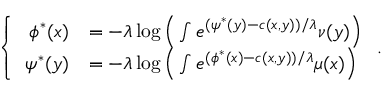
\begin{array} { r } { \left\{ \begin{array} { r l } { \phi ^ { * } ( x ) } & { = - \lambda \log \Big ( \int e ^ { ( \psi ^ { * } ( y ) - c ( x , y ) ) / \lambda } \d \nu ( y ) \Big ) } \\ { \psi ^ { * } ( y ) } & { = - \lambda \log \Big ( \int e ^ { ( \phi ^ { * } ( x ) - c ( x , y ) ) / \lambda } \d \mu ( x ) \Big ) } \end{array} \right. . } \end{array}